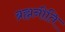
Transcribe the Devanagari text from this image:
ब्रह्मनीति